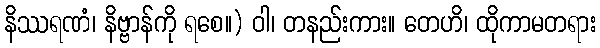
နိဿရဏံ၊ နိဗ္ဗာန်ကို ရစေ။) ဝါ၊ တနည်းကား။ တေဟိ၊ ထိုကာမတရား